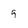
Character: 9